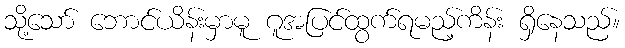
သို့သော် ဘောင်ယိန်းမှာမူ ဂူအပြင်ထွက်ရမည့်ကိန်း ရှိနေသည်။